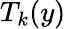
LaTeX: T_{k}(y)